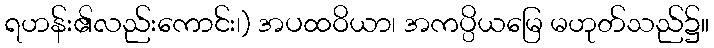
ရဟန်း၏လည်းကောင်း၊) အပထဝိယာ၊ အကပ္ပိယမြေ မဟုတ်သည်၌။